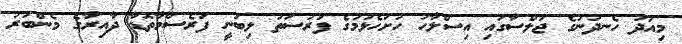
މިއަދު ހެނދުނުގެ ޖަލްސާގައި އިސްލާހު ހުށަހެޅުމުގެ ފުރުސަތު ލިބުނީ ފަރެސްމާތޮޑާ ދާއިރާގެ މެންބަރު